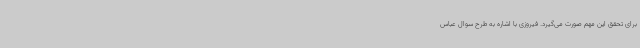
برای تحقق این مهم صورت می‌گیرد. فیروزی با اشاره به طرح سوال عباس